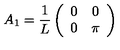
A _ { 1 } = \frac { 1 } { L } \left( \begin{array} { c c } { 0 } & { 0 } \\ { 0 } & { \pi } \\ \end{array} \right)